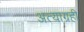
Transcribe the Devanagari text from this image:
अत्याग्रही